Vaccination North-Western Provinces and Oudh 1878-1895 - 1878-1895
Year: 1878
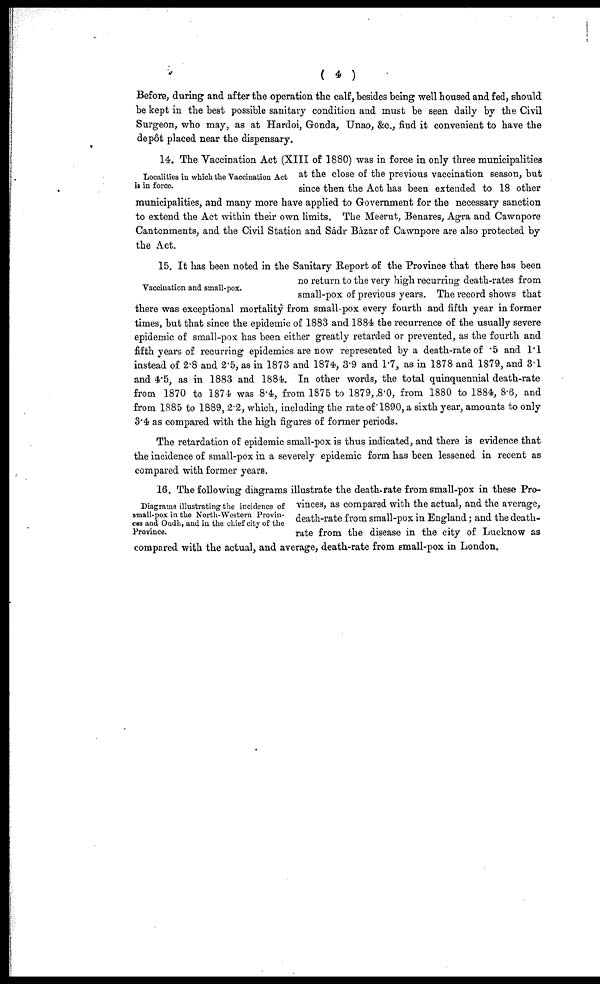
( 4 )
Before, during and after the operation the calf, besides being well housed and fed, should
be kept in the best possible sanitary condition and must be seen daily by the Civil
Surgeon, who may, as at Hardoi, Gonda, Unao, &c., find it convenient to have the
depôt placed near the dispensary.
Localities in which the Vaccination Act
is in force.
14. The Vaccination Act (XIII of 1880) was in force in only three municipalities
at the close of the previous vaccination season, but
since then the Act has been extended to 18 other
municipalities, and many more have applied to Government for the necessary sanction
to extend the Act within their own limits. The Meerut, Benares, Agra and Cawnpore
Cantonments, and the Civil Station and Sádr Bázar of Cawnpore are also protected by
the Act.
Vaccination and small-pox.
15. It has been noted in the Sanitary Report of the Province that there has been
no return to the very high recurring death-rates from
small-pox of previous years. The record shows that
there was exceptional mortality from small-pox every fourth and fifth year in former
times, but that since the epidemic of 1883 and 1884 the recurrence of the usually severe
epidemic of small-pox has been either greatly retarded or prevented, as the fourth and
fifth years of recurring epidemics are now represented by a death-rate of .5 and 1.1
instead of 2.8 and 2.5, as in 1873 and 1874, 3.9 and 1.7, as in 1878 and 1879, and 3.1
and 4.5, as in 1883 and 1884. In other words, the total quinquennial death-rate
from 1870 to 1874 was 8.4, from 1875 to 1879,8.0, from 1880 to 1884, 8.6, and
from 1885 to 1889, 2.2, which, including the rate of' 1890, a sixth year, amounts to only
3.4 as compared with the high figures of former periods.
The retardation of epidemic small-pox is thus indicated, and there is evidence that
the incidence of small-pox in a severely epidemic form has been lessened in recent as
compared with former years.
Diagrams illustrating the incidence of
small-pox in the North-Western Provin-
ces and Oudh, and in the chief city of the
Province.
16. The following diagrams illustrate the death-rate from small-pox in these Pro-
vinces, as compared with the actual, and the average,
death-rate from small-pox in England; and the death-
rate from the disease in the city of Lucknow as
compared with the actual, and average, death-rate from small-pox in London.